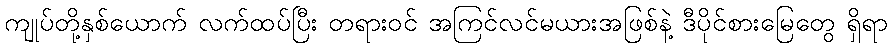
ကျုပ်တို့နှစ်ယောက် လက်ထပ်ပြီး တရားဝင် အကြင်လင်မယားအဖြစ်နဲ့ ဒီပိုင်စားမြေတွေ ရှိရာ